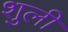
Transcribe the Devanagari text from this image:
शुली